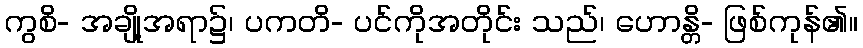
ကွစိ- အချို့အရာ၌၊ ပကတိ- ပင်ကိုအတိုင်း သည်၊ ဟောန္တိ- ဖြစ်ကုန်၏။